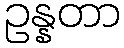
ဥန္နတာ